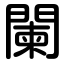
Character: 闌